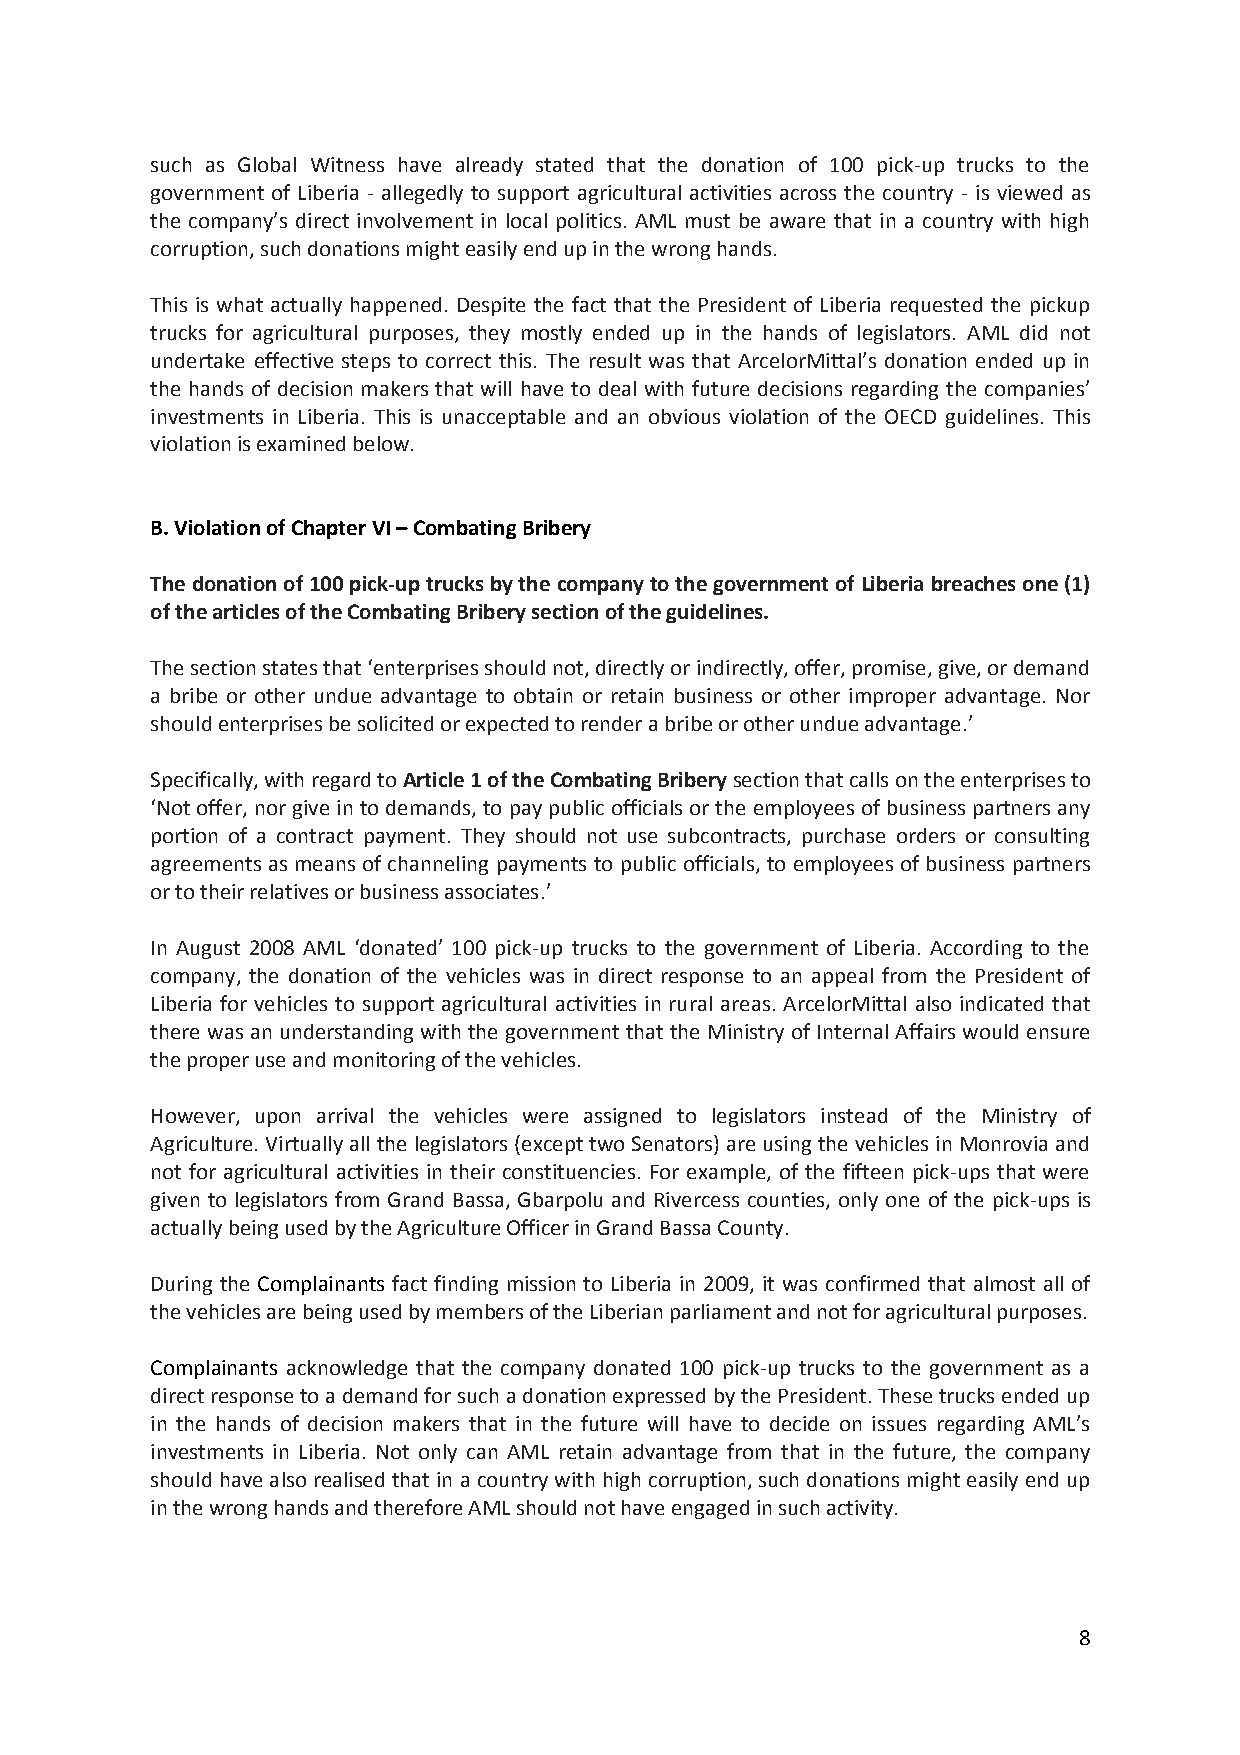
such as Global Witness have already stated that the donation of 100 pick-up trucks to the
 government of Liberia - allegedly to support agricultural activities across the country - is viewed as
 the company’s direct involvement in local politics. AML must be aware that in a country with high
 corruption,suchdonationsmighteasilyendupinthewronghands.
 This is what actually happened. Despite the fact that the President of Liberia requested the pickup
 trucks for agricultural purposes, they mostly ended up in the hands of legislators. AML did not
 undertake effective steps to correct this. The result was that ArcelorMittal’s donation ended up in
 the hands of decision makers that will have to deal with future decisions regarding the companies’
 investments in Liberia. This is unacceptable and an obvious violation of the OECD guidelines. This
 violationisexaminedbelow.
 B.ViolationofChapterVI–CombatingBribery
 Thedonationof100pick-uptrucksbythecompanytothegovernmentofLiberiabreachesone(1)
 ofthearticlesoftheCombatingBriberysectionoftheguidelines.
 Thesectionstatesthat‘enterprisesshouldnot,directlyorindirectly,offer,promise,give,ordemand
 a bribe or other undue advantage to obtain or retain business or other improper advantage. Nor
 shouldenterprisesbesolicitedorexpectedtorenderabribeorotherundueadvantage.’
 Specifically,withregardtoArticle1oftheCombatingBriberysectionthatcallsontheenterprisesto
 ‘Notoffer, norgiveintodemands, to paypublicofficialsorthe employeesofbusinesspartnersany
 portion of a contract payment. They should not use subcontracts, purchase orders or consulting
 agreements asmeansof channeling payments to public officials, to employeesof business partners
 ortotheirrelativesorbusinessassociates.’
 In August 2008 AML ‘donated’ 100 pick-up trucks to the government of Liberia. According to the
 company, the donation of the vehicles was in direct response to an appeal from the President of
 Liberia for vehicles to support agricultural activities in rural areas. ArcelorMittal also indicated that
 there was anunderstandingwiththe government that the Ministryof InternalAffairswouldensure
 theproperuseandmonitoringofthevehicles.
 However, upon arrival the vehicles were assigned to legislators instead of the Ministry of
 Agriculture.Virtuallyallthelegislators(excepttwoSenators)areusingthevehiclesinMonroviaand
 not for agricultural activities in their constituencies. For example, of the fifteen pick-ups that were
 given to legislators from Grand Bassa, Gbarpolu and Rivercess counties, only one of the pick-ups is
 actuallybeingusedbytheAgricultureOfficerinGrandBassaCounty.
 During the Complainants fact finding mission to Liberia in 2009, it was confirmed that almost all of
 thevehiclesarebeingusedbymembersoftheLiberianparliamentandnotforagriculturalpurposes.
 Complainants acknowledge that the company donated 100 pick-up trucks to the government as a
 directresponsetoademandforsuchadonationexpressedbythePresident.Thesetrucksendedup
 in the hands of decision makers that in the future will have to decide on issues regarding AML’s
 investments in Liberia. Not only can AML retain advantage from that in the future, the company
 shouldhavealsorealisedthatinacountrywithhighcorruption,suchdonationsmighteasilyendup
 inthewronghandsandthereforeAMLshouldnothaveengagedinsuchactivity.
 8